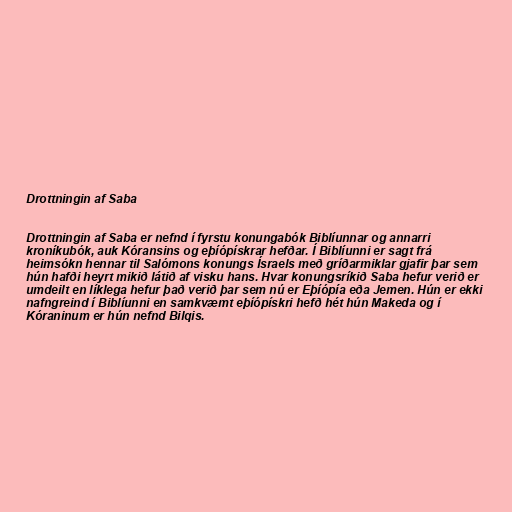
Drottningin af Saba

Drottningin af Saba er nefnd í fyrstu konungabók Biblíunnar og annarri
kroníkubók, auk Kóransins og eþíópískrar hefðar. Í Biblíunni er sagt frá
heimsókn hennar til Salómons konungs Ísraels með gríðarmiklar gjafir þar sem
hún hafði heyrt mikið látið af visku hans. Hvar konungsríkið Saba hefur verið er
umdeilt en líklega hefur það verið þar sem nú er Eþíópía eða Jemen. Hún er ekki
nafngreind í Biblíunni en samkvæmt eþíópískri hefð hét hún Makeda og í
Kóraninum er hún nefnd Bilqis.